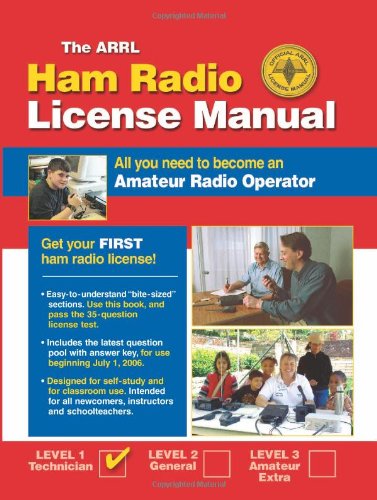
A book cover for ARRL Ham Radio License Manual: All You Need to Become an Amateur Radio Operator; H. Ward Silver; Humor & Entertainment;